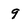
Character: 9